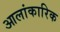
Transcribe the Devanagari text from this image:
आलांकारिक